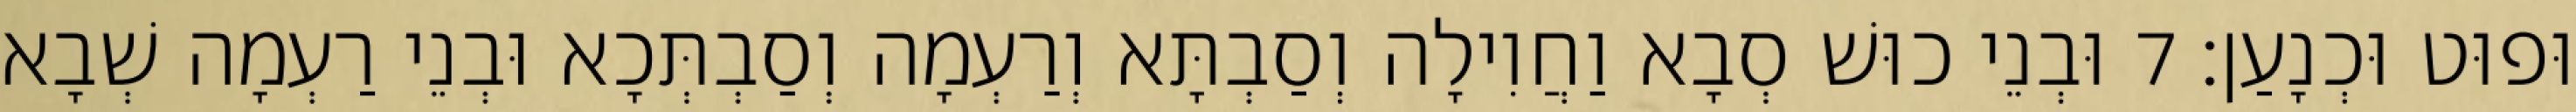
וּפוּט וּכְנָעַן׃ 7 וּבְנֵי כוּשׁ סְבָא וַחֲוִילָה וְסַבְתָּא וְרַעְמָה וְסַבְתְּכָא וּבְנֵי רַעְמָה שְׁבָא